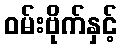
ဝမ်းဗိုက်နှင့်